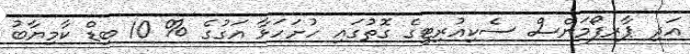
އަދި ޕާރފޯމަންސް ސެކިއުރިޓީގެ ގޮތުގައި ހުށަހަޅާ އަގުގެ % 10 ބިޑް ކާމިޔާބު